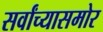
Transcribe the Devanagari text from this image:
सर्वांच्यासमोर